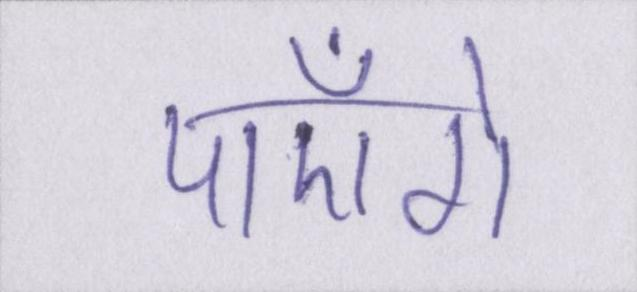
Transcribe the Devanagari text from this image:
पाएँगे